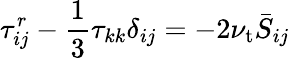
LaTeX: \tau_{ij}^{r}-{\frac{1}{3}}\tau_{kk}\delta_{ij}=-2\nu_{\mathrm{t}}{\bar{S}}_{ij}